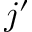
j ^ { \prime }